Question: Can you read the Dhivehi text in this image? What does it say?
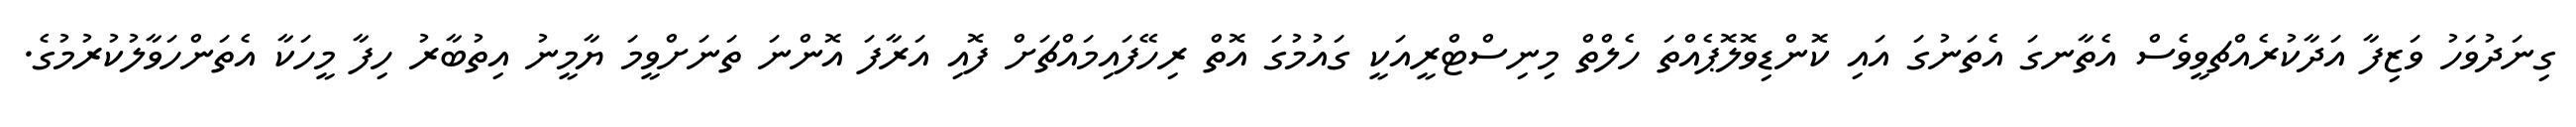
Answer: ގިނަދުވަހު ވަޒިފާ އަދާކުރެއްޗވީވެސް އެތާނގަ އެތަނުގަ އައި ކޮންޑިވޮލޮޕެއްތަ ހެލްތް މިނިސްޓްރީއަކީ ގައުމުގަ އޮތް ރިހޭފައިމައްޗަށް ފޮއި އަރާފަ އޮންނަ ތަނަށްވީމަ ޔާމީނު އިތުބާރު ހިފާ މީހަކާ އެތަންހަވާލުކުރުމުގެ.